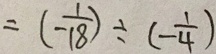
= ( - \frac { 1 } { 1 8 } ) \div ( - \frac { 1 } { 4 } )